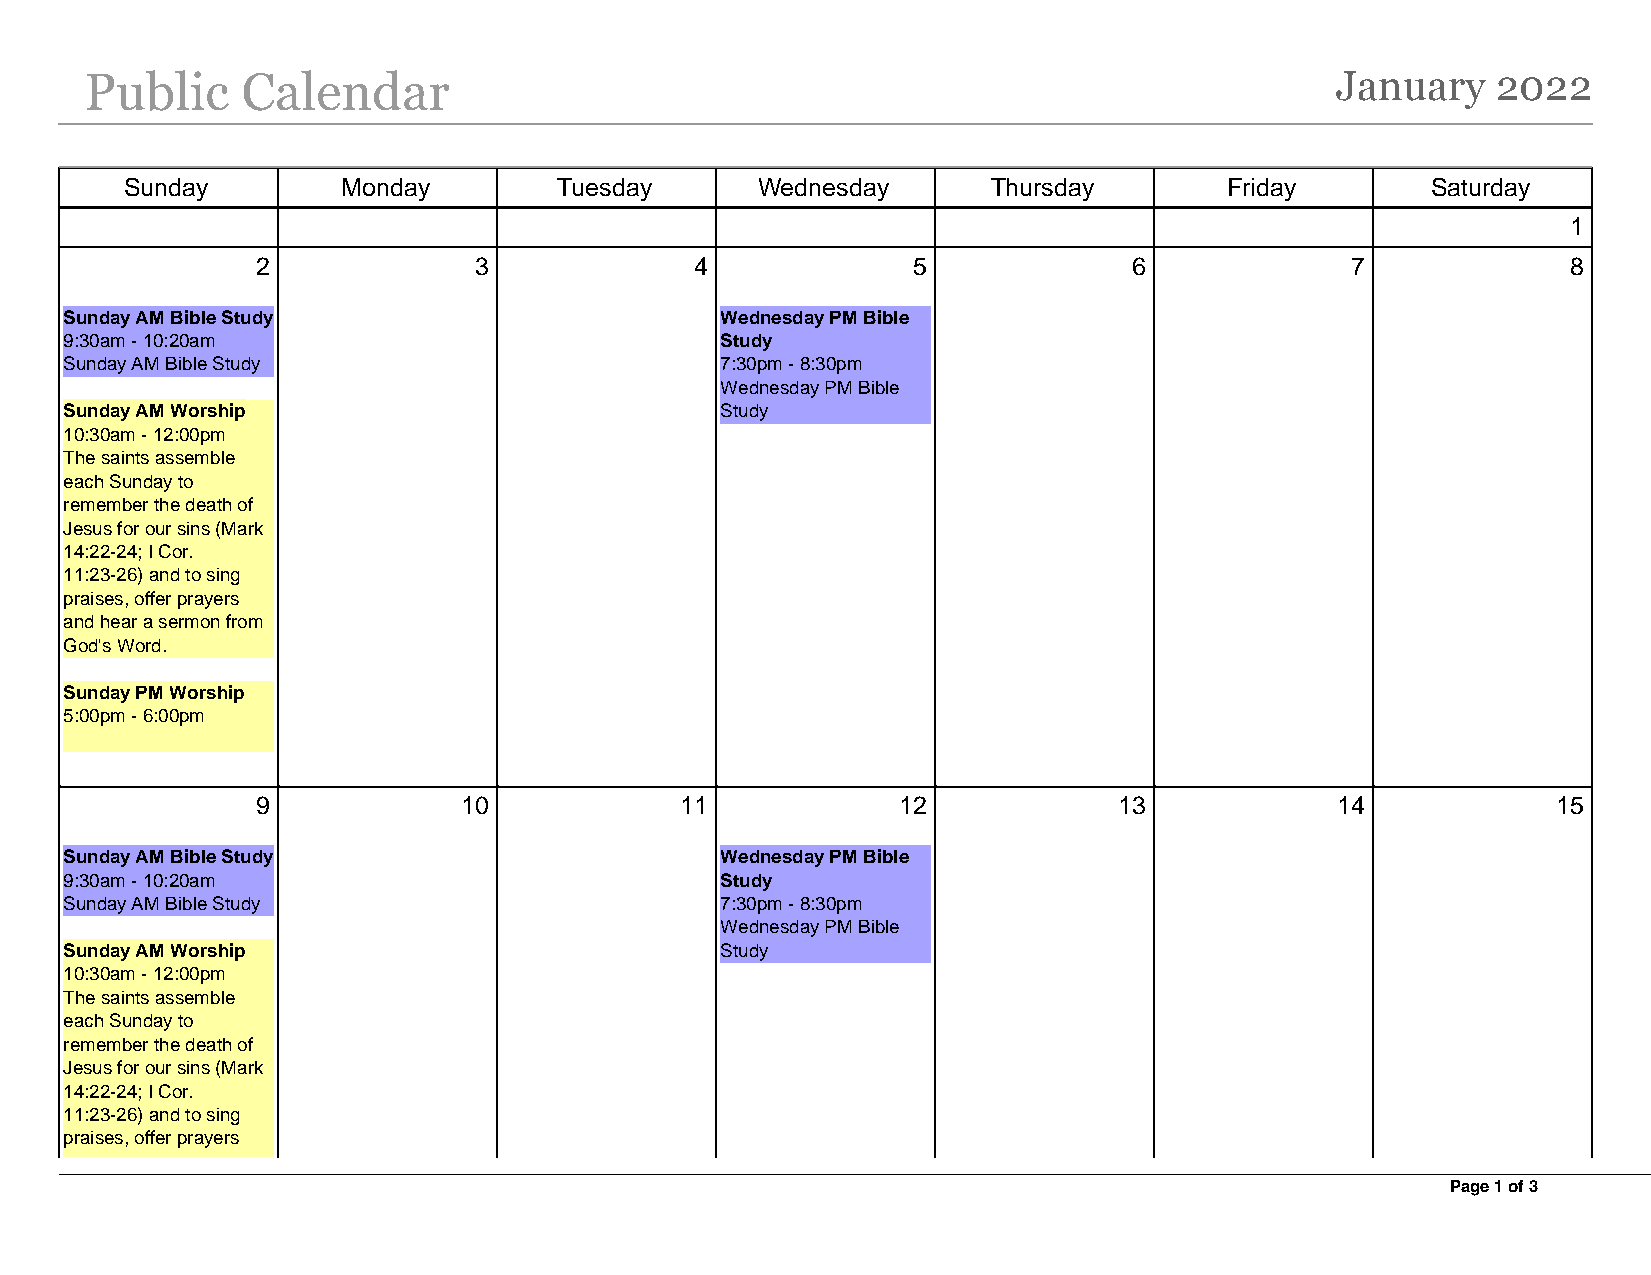
Public    Calendar                                                                January    2022
 Sunday         Monday        Tuesday      Wednesday       Thursday       Friday        Saturday
 1
 2             3              4             5              6             7              8
 Sunday AM Bible Study                       Wednesday PM Bible
 9:30am - 10:20am                            Study
 Sunday AM Bible Study                       7:30pm - 8:30pm
 Wednesday PM Bible
 Sunday AM Worship                           Study
 10:30am - 12:00pm
 The saints assemble
 each Sunday to
 remember the death of
 Jesus for our sins (Mark
 14:22-24; I Cor.
 11:23-26) and to sing
 praises, offer prayers
 and hear a sermon from
 God's Word.
 Sunday PM Worship
 5:00pm - 6:00pm
 9             10            11            12             13            14             15
 Sunday AM Bible Study                       Wednesday PM Bible
 9:30am - 10:20am                            Study
 Sunday AM Bible Study                       7:30pm - 8:30pm
 Wednesday PM Bible
 Sunday AM Worship                           Study
 10:30am - 12:00pm
 The saints assemble
 each Sunday to
 remember the death of
 Jesus for our sins (Mark
 14:22-24; I Cor.
 11:23-26) and to sing
 praises, offer prayers
 Page 1 of 3